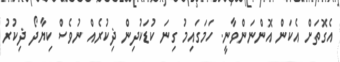
އެގޮތަށް އެކަން އޮންނަންވާނީ. ހަމަގައިމު ގިނަ ކުޑަކުދިން ޛިކުރެއް ނުވެސް ކިޔާދޯ ޛިކުރު